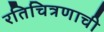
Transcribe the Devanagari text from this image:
रतिचित्रणाची